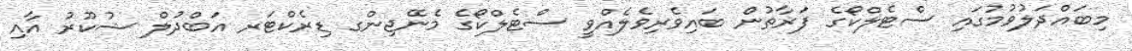
މިބައްދަލުވުމުގައި ސްޓެލްކޯގެ ފަރާތުން ބައިވެރިވެލެއްވީ ސްޓެލްކޯގެ މެނޭޖިންގ ޑިރެކްޓަރ އަބްދުލް ޝުކޫރު އާއި